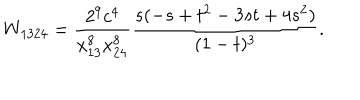
W _ { 1 3 2 4 } = \frac { 2 ^ { 9 } c ^ { 4 } } { x _ { 1 3 } ^ { 8 } x _ { 2 4 } ^ { 8 } } \frac { s ( - s + t ^ { 2 } - 3 s t + 4 s ^ { 2 } ) } { ( 1 - t ) ^ { 3 } } .